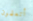
أتعلمون